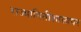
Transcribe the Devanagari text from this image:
राज्यानितीशास्त्रपर